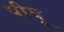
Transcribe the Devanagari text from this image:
पीयू